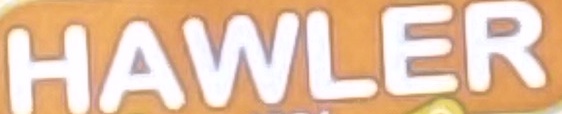
HAWLER